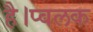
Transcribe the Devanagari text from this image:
है।प्वलक